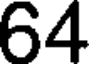
64